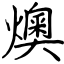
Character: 燠